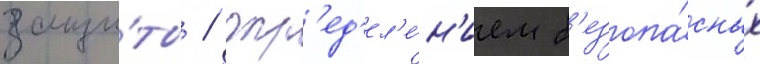
защи́ты / опр'ед'ел'е́н'ием б'езопа́сных